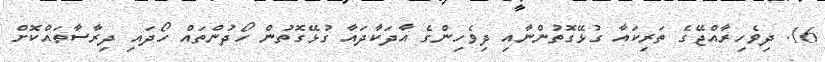
16. ދިވެހިރާއްޖޭގެ ތަރިކައާ ގުޅޭގޮތުންނާއި ދިވެހިންގެ އާދަކާދައާ ގުޅޭގޮތުން ހޯދުންތައް ހޯދައި ދިރާސާތައްކޮށް